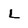
Character: l